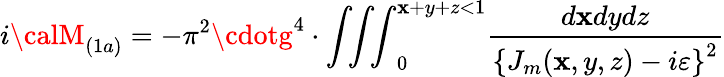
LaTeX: i{\calM}_{(1a)}=-\pi^{2}\cdotg^{4}\cdot{\int\! \! \int\! \! \int}_{0}^{\mathbf{x}+y+z<1}\frac{{d\mathbf{x}dydz}}{{\left\{ J_{m}(\mathbf{x},y,z)-i\varepsilon\right\} ^{2}}}